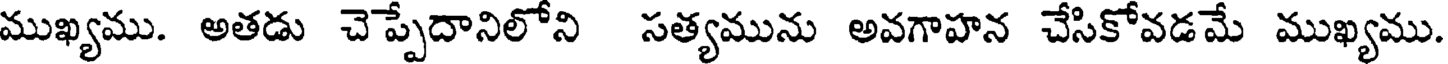
ముఖ్యము. అతడు చె ప్పేదానిలోని సత్యమును అవగాహన చేసికోవడమే ముఖ్యము.